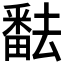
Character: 𤳖